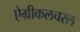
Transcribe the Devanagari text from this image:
ऐग्रीकलचरल